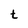
Character: t